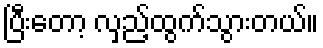
ပြီးတော့ လှည့်ထွက်သွားတယ်။